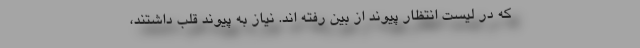
که در لیست انتظار پیوند از بین رفته اند. نیاز به پیوند قلب داشتند،